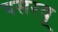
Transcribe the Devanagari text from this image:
पसरवू